Report of the Imperial Institute of Veterinary Research, Muktesar
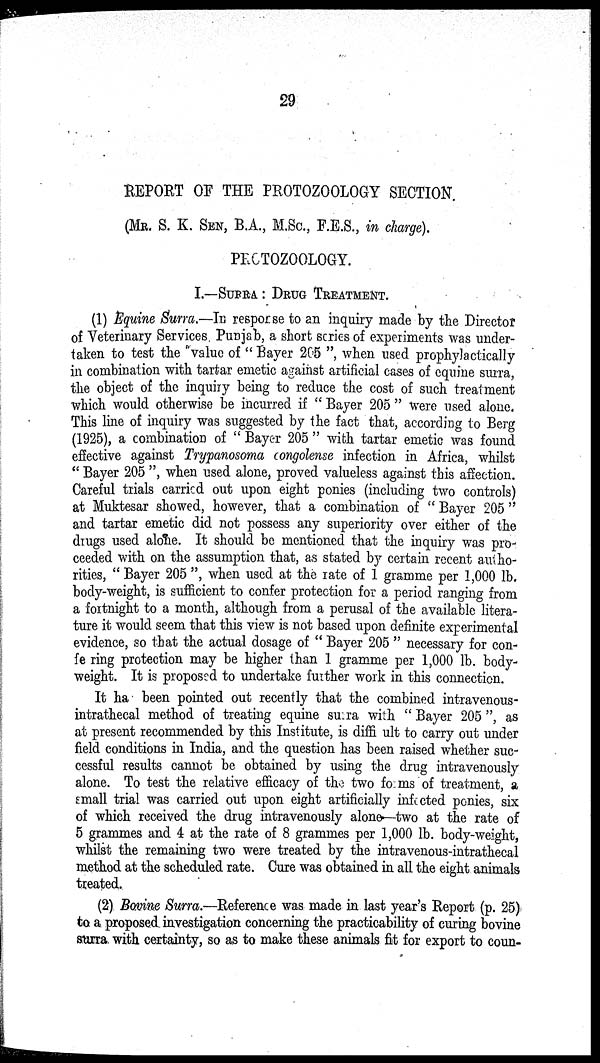
29
REPORT OF THE PROTOZOOLOGY SECTION.
(MR. S. K. SEN, B.A., M.Sc., F.E.S., in charge).
PROTOZOOLOGY.
I.—SURRA : DRUG TREATMENT.
(1) Equine Surra.—IN resporse to an inquiry made by the Director
of Veterinary Services Punjab, a short scries of experiments was under-
taken to test the value of " Bayer 205 ", when used prophylactically
in combination with tartar emetic against artificial cases of equine surra,
the object of the inquiry being to reduce the cost of such treatment
which would otherwise be incurred if " Bayer 205 " were used alone.
This line of inquiry was suggested by the fact that, according to Berg
(1925), a combination of " Bayer 205 " with tartar emetic was found
effective against Trypanosoma congolense infection in Africa, whilst
" Bayer 205 ", when used alone, proved valueless against this affection.
Careful trials carried out upon eight ponies (including two controls)
at Muktesar showed, however, that a combination of " Bayer 205 "
and tartar emetic did not possess any superiority over either of the
drugs used alone. It should be mentioned that the inquiry was pro-
ceeded with on the assumption that, as stated by certain recent autho-
rities, " Bayer 205 ", when used at the rate of 1 gramme per 1,000 lb.
body-weight, is sufficient to confer protection for a period ranging from
a fortnight to a month, although from a perusal of the available litera-
ture it would seem that this view is not based upon definite experimental
evidence, so that the actual dosage of " Bayer 205 " necessary for con-
fering protection may be higher than 1 gramme per 1,000 lb. body-
weight. It is proposed to undertake further work in this connection.
It ha been pointed out recently that the combined intravenous-
intrathecal method of treating equine surra with " Bayer 205 ", as
at present recommended by this Institute, is difficult to carry out under
field conditions in India, and the question has been raised whether suc-
cessful results cannot be obtained by using the drug intravenously
alone. To test the relative efficacy of the two forms of treatment, a
small trial was carried out upon eight artificially infected ponies, six
of which received the drug intravenously alone—two at the rate of
5 grammes and 4 at the rate of 8 grammes per 1,000 lb. body-weight,
whilst the remaining two were treated by the intravenous-intrathecal
method at the scheduled rate. Cure was obtained in all the eight animals
treated.
(2) Bovine Surra.—Reference was made in last year's Report (p. 25)
to a proposed investigation concerning the practicability of curing bovine
surra with certainty, so as to make these animals fit for export to coun-